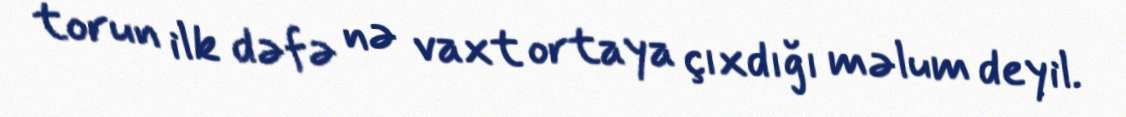
torun ilk dəfə nə vaxt ortaya çıxdığı məlum deyil.